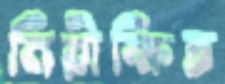
নিরীক্ষিত